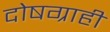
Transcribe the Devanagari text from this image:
दोषग्राही